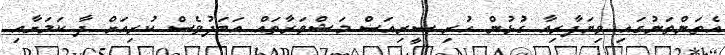
އެތަންތަނުގައި ވިޔަފާރިއާ ގުޅުން ހުރި ސީރިއަސް މަޝްވަރާތައް އަބަދުވެސް ކުރިއަށް ދާ ކަމަށާއި